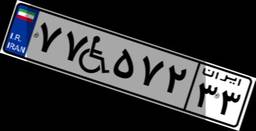
۷۷W۵۷۲۳۳